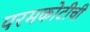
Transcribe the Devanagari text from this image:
परमकोटीची